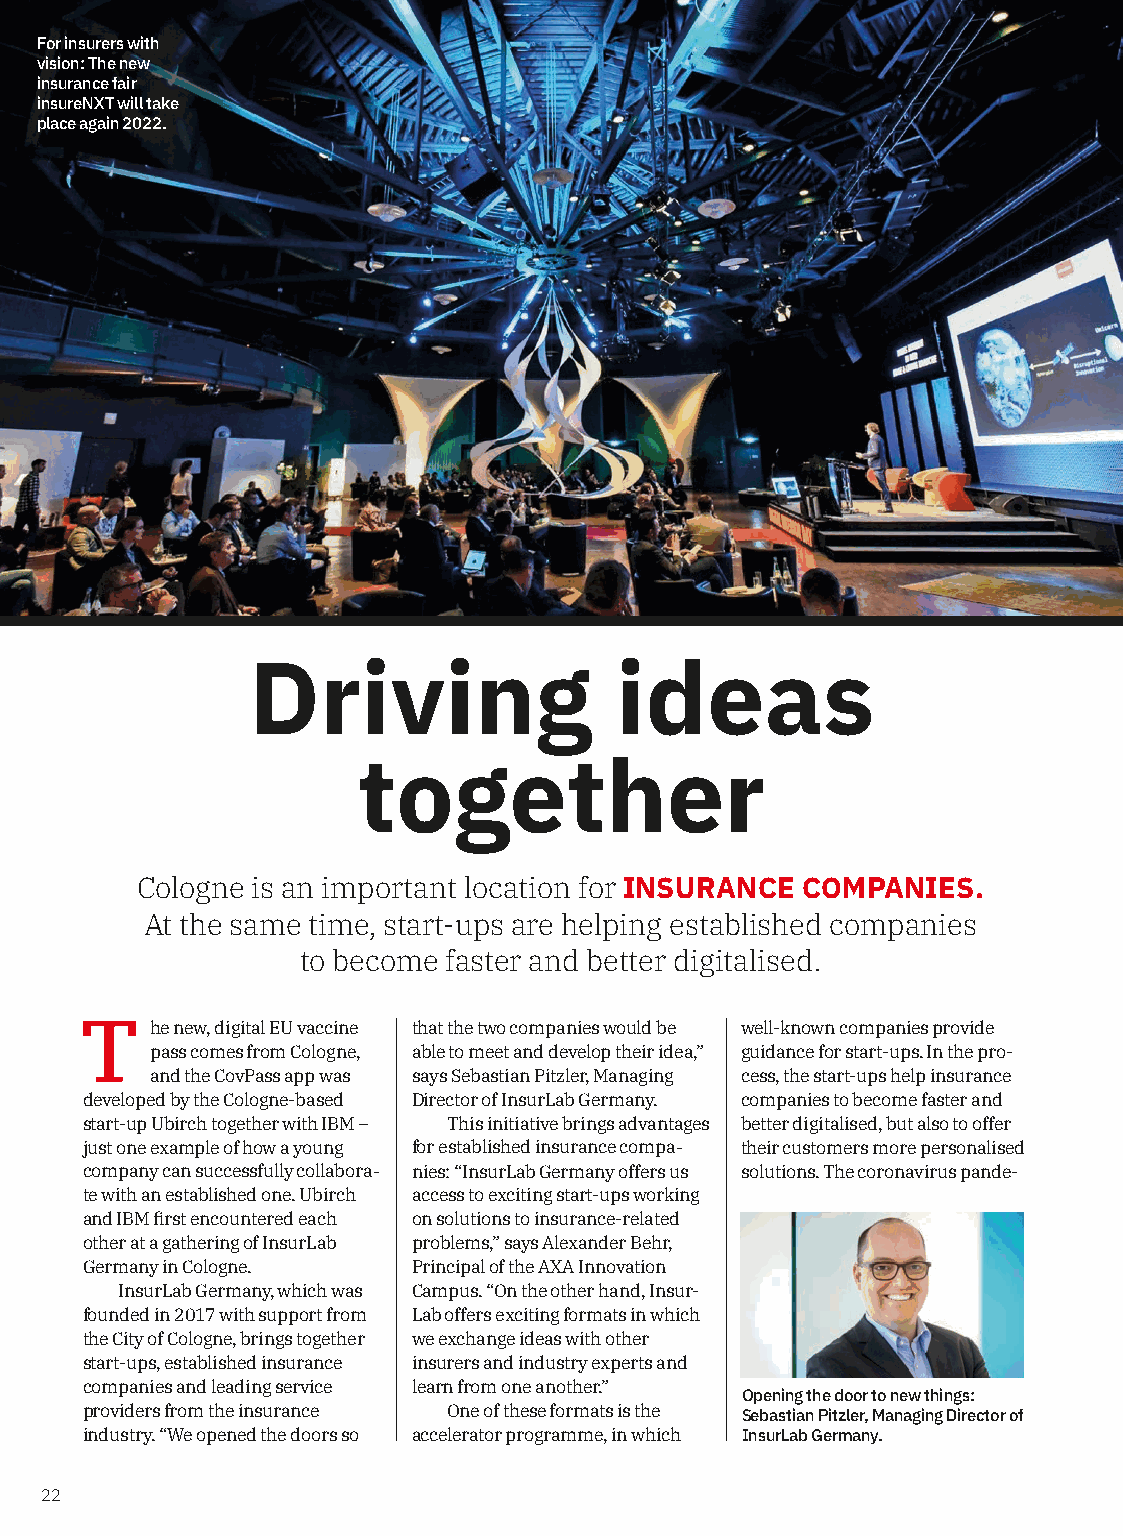
For insurers with
 vision: The new
 insurance fair
 insureNXT will take
 place again 2022.
 Driving                  ideas
 together
 Cologne is an important location for INSURANCE COMPANIES.
 At the same time, start-ups are helping established companies
 to become faster and better digitalised.
 T    he new, digital EU vaccine that the two companies would be well-known companies provide
 pass comes from Cologne, able to meet and develop their idea,” guidance for start-ups. In the pro-
 and the CovPass app was says Sebastian Pitzler, Managing cess, the start-ups help insurance
 developed by the Cologne-based Director of InsurLab Germany. companies to become faster and
 start-up Ubirch together with IBM – This initiative brings advantages better digitalised, but also to offer
 just one example of how a young for established insurance compa- their customers more personalised
 company can successfully collabora- nies: “InsurLab Germany offers us solutions. The coronavirus pande-
 te with an established one. Ubirch access to exciting start-ups working
 and IBM first encountered each on solutions to insurance-related
 other at a gathering of InsurLab problems,” says Alexander Behr,
 Germany in Cologne.   Principal of the AXA Innovation
 InsurLab Germany, which was Campus. “On the other hand, Insur-
 founded in 2017 with support from Lab offers exciting formats in which
 the City of Cologne, brings together we exchange ideas with other
 start-ups, established insurance insurers and industry experts and
 companies and leading service learn from one another.” Opening the door to new things:
 providers from the insurance One of these formats is the Sebastian Pitzler, Managing Director of
 industry. “We opened the doors so accelerator programme, in which InsurLab Germany.
 22
 ynamreG
 baLrusnI
 ;tpecnoC2
 ©